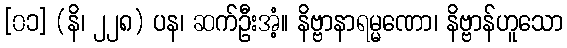
[၀၁] (နိ၊ ၂၂၈) ပန၊ ဆက်ဦးအံ့။ နိဗ္ဗာနာရမ္မဏော၊ နိဗ္ဗာန်ဟူသော